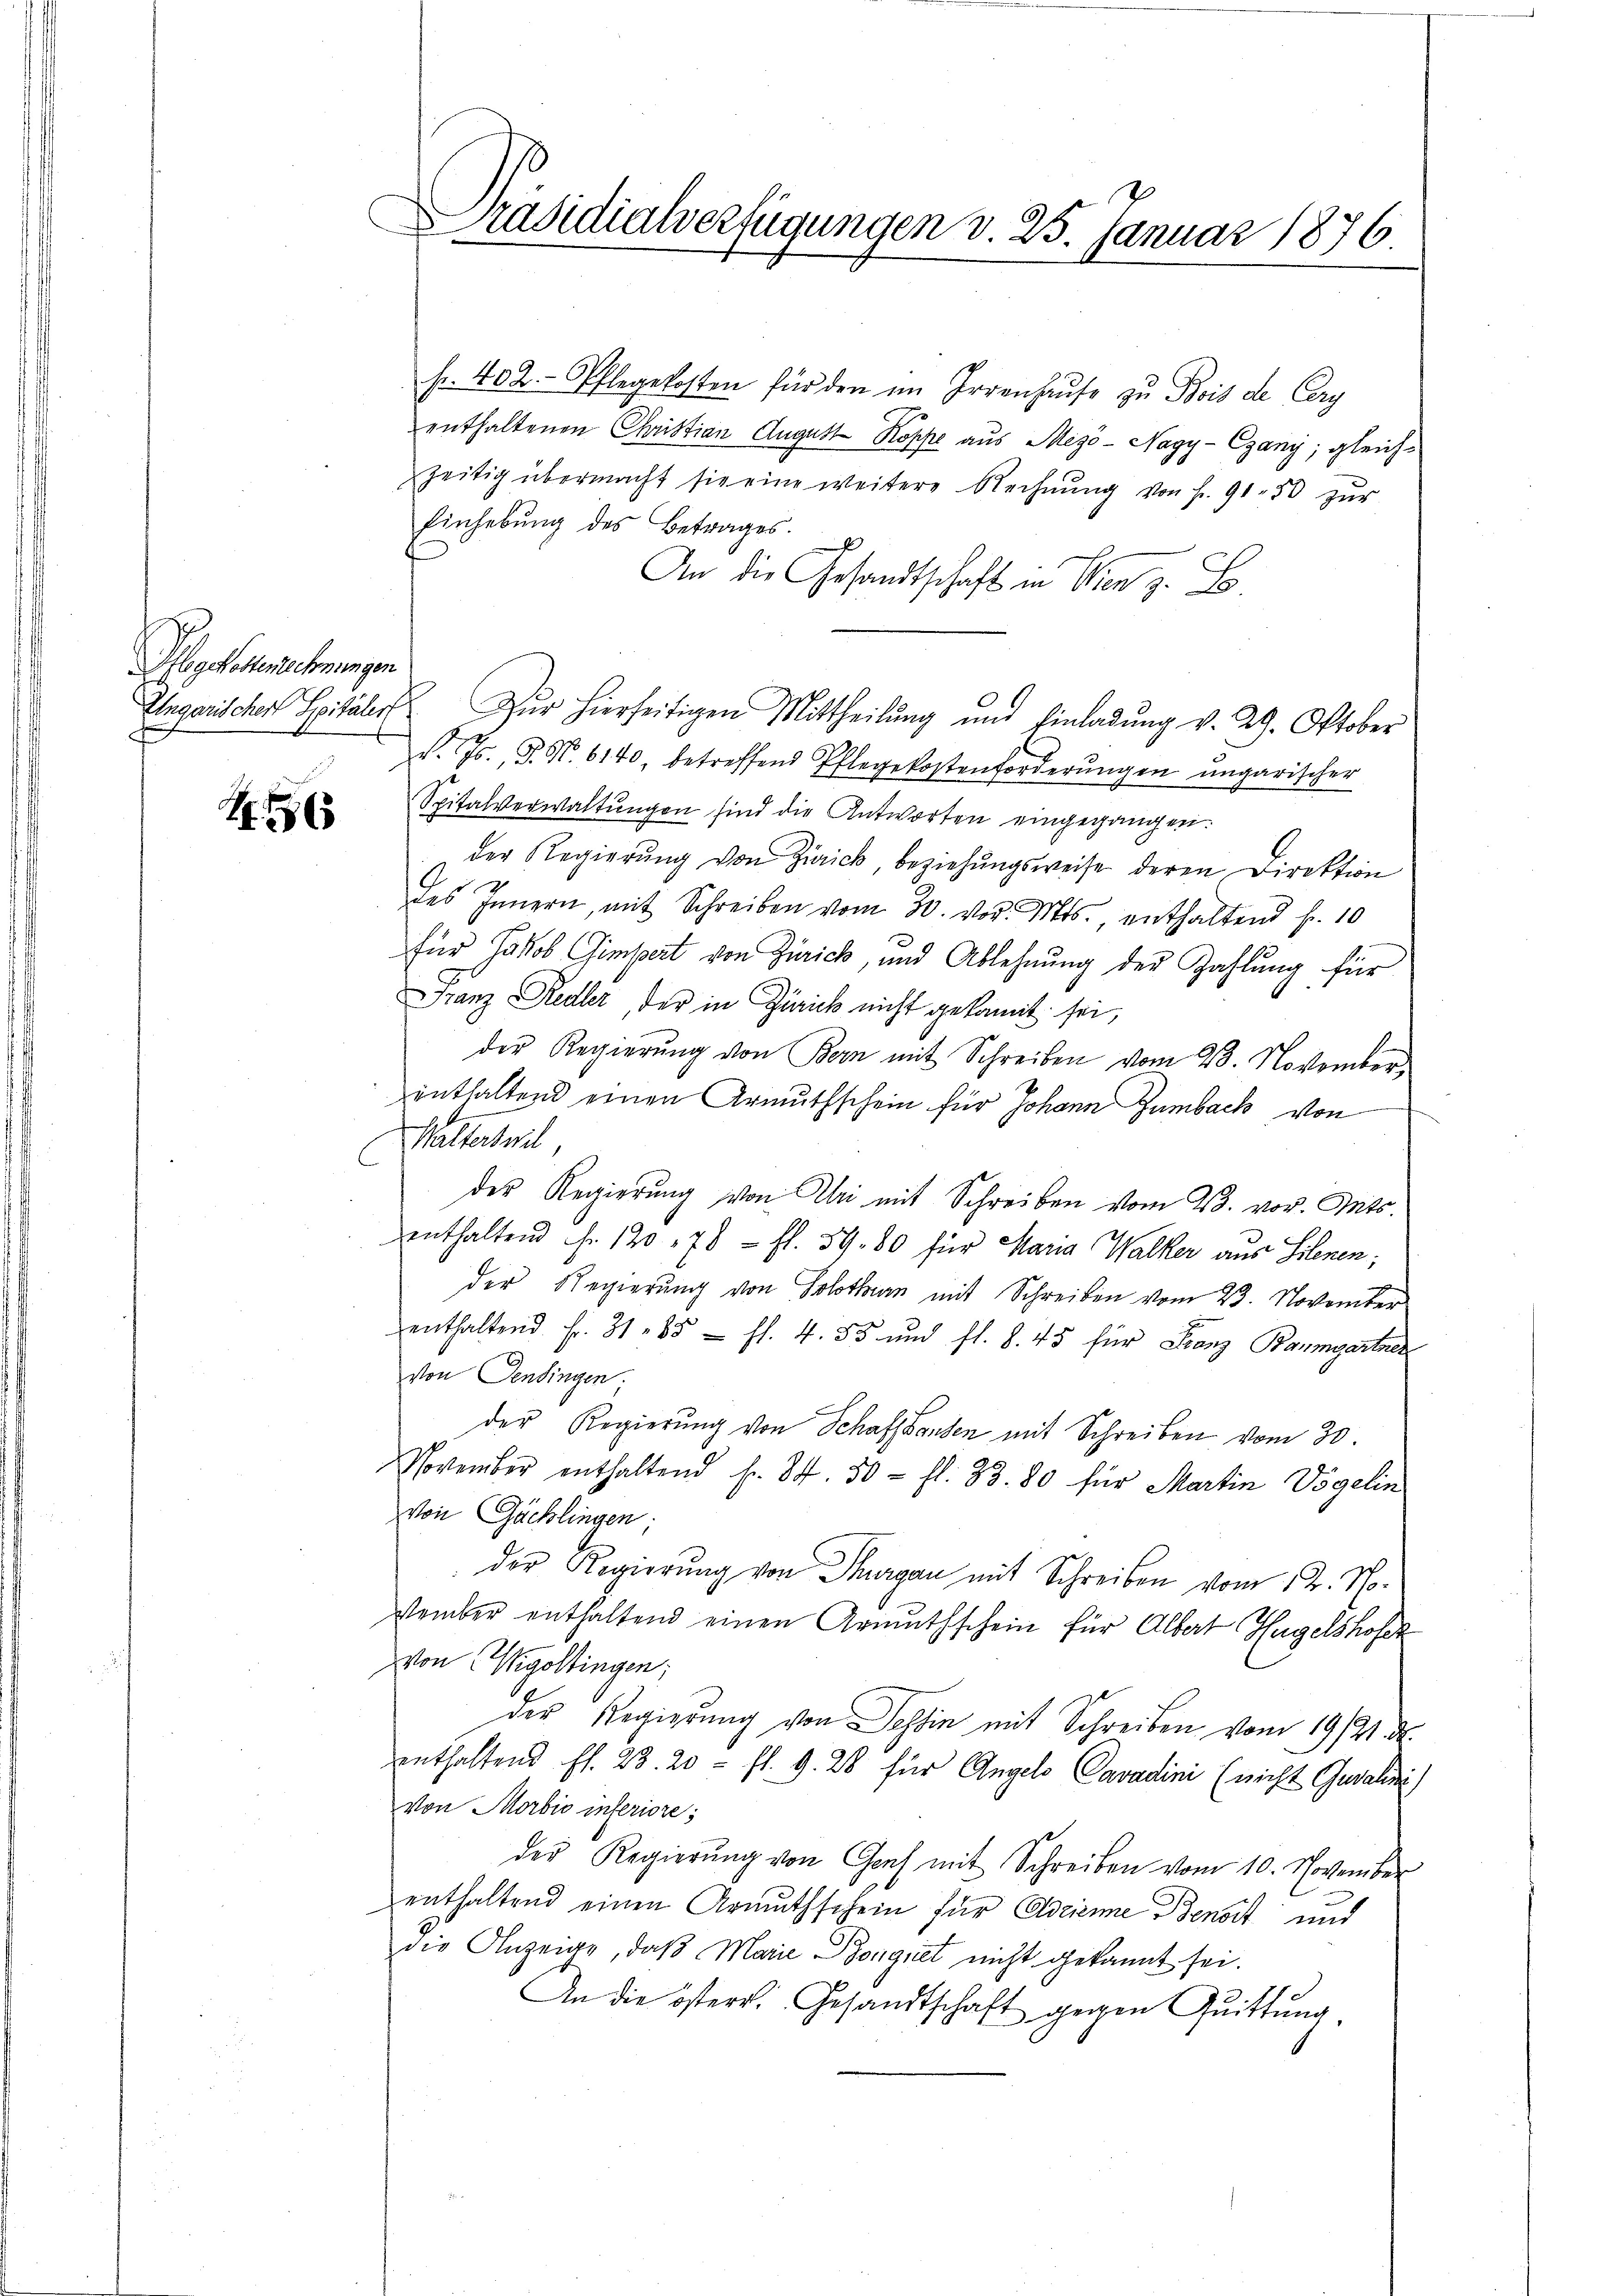
Hbgottenehmungen

I. 1865

Präsidialverfügungen v. 25. Januar 1876.

fr. 402. Pflegekosten für den im Irrenhause zu Bois de Cery
enthaltenen Christian August Koppe aus Mezö - Nagy-Egany; gleich-
zeitig übermacht sie eine weitere Rechnŭng von fr. 91. 50 zŭr
Einhebŭng des Betrages.
x
An die Gesandtschaft in Wien z. B.
v. Js., P. Nr. 6140, betreffend Pflegekostenforderŭngen ungarischer
Spitalverwaltŭngen sind die Antworten eingegangen.
der Regierŭng von Zürick, beziehungsweise deren Direktion
des Innern, mit Schreiben vom 30. vor. Mts., enthaltend fr. 10
für Jakob Gimpert von Zürich, und Ablehnŭng der Zahlung für
Franz Redler, der in Zirick nicht gekamit sei,
der Regierung von Bern mit Schreiben vom 23. November,
enthaltend einen Armuthschein für Johann Zumbach von
Walterteil
der Regierung von Uri mit Schreiben vom 23. vor. Mts.
enthaltend Fr. 120 178 fl. 59. 80 für Maria Walker aus Silenen;
der Regierung von Solothurn mit Schreiben vom 23. November
enthaltend Fr. 31. 85 ff. 4. 55 und fl. S. 45 für Franz Baumgartner
von Pensingen.
der Regierung von Schaffhausen mit Schreiben vom 30.
November enthaltend Fr. 84. 50 fl. 33. 80 für Martin Vögelin
von Gächlingen;
Der Regierung von Thurgau mit Schreiben vom 12. No.
stember enthaltend einen Armuthschein für Albert Hagelshofer
Von Wigoltingen;
der Regierung von Tessin mit Schreiben vom 19/21. d.
enthaltend fl. 23. 20 - fl. 9. 28 für Angelo Cavadini (nicht Gewahni)
von Morbio inferiore;
der Regierŭng von Graf mit Schreiben vom 10. November
enthaltend einen Armuthschein für Adrianne Benoit und
die Anzeige, daß Marie Bonguet nicht gekannt sei.
An die östers. Gesandtschaft gegen Quittung.

Ungarischer Spitäler Zŭr hierseitigen Mittheilŭng und Einladŭng v. 29. Oktober